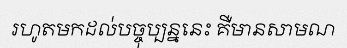
រហូតមកដល់បច្ចុប្បន្ននេះ គឺមានសាមណ